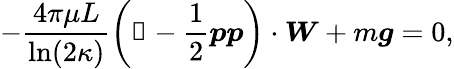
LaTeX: -\frac{4\pi\mu L}{\ln(2\kappa)}\left(\mathbb{1}-\frac{1}{2}\boldsymbol{p}\boldsymbol{p}\right)\cdot\boldsymbol{W}+m\boldsymbol{g}=0,